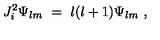
J _ { i } ^ { 2 } \Psi _ { l m } \ = \ l ( l + 1 ) \Psi _ { l m } \ ,